system: You are a helpful assistant.
user:
Analyze the provided spectrum to determine if it is a **M-type Giant (gM)**.

A M-type Giant spectrum is defined by its **strong molecular absorption** features, particularly from **Titanium Oxide (TiO)**. You must check for one of the following mutually exclusive signatures:

- **Key Visual Indicators (Absorption-Dominated Spectrum):**

    - **(Primary):** The spectrum is dominated by strong molecular absorption from **Titanium Oxide (TiO)**. This is the **defining feature** of its M-type temperature class.
        - **(Key Bandheads):** Look for sharp, "saw-tooth" absorption valleys. The strongest are located near **~7050 Å**, **~6160 Å**, and **~5170 Å**.
        - **(Line Profile):** The "saw-tooth" morphology is critical: a **sharp, steep drop on the BLUE (short-wavelength) side** of the bandhead, followed by a gradual recovery (rising flux) towards the RED (long-wavelength) side.

    - **(Key Confirmation - Giant vs. Dwarf):** **ABSENCE** of strong **Calcium Hydride (CaH)** molecular bands. This is the primary diagnostic for *excluding* M-dwarfs.
        - **(Key Region):** The spectrum should lack the strong, broad absorption band seen in dwarfs between **~6800 Å and ~7000 Å**.

    - **(Secondary Confirmation - Giant):** A very strong and broad **Neutral Calcium (Ca I)** atomic absorption line.
        - **(Key Line):** Located at **~4226 Å**. In a giant (gM), this line is significantly deeper and broader than the same line in an M-dwarf (dM) due to low surface gravity.

    - **(Overall Spectrum):**
        - The continuum is **extremely red-sloping** (i.e., flux is very low in the blue and rises dramatically towards the red).
        - The entire spectrum appears "chopped up" by the deep TiO bands.

Think first, call **spectral_visualization_tool** if needed to examine features in detail, then provide your final answer. Your response must adhere to the following strict rules:
1.  **Overall Structure:** Your response must follow the format `<think>...</think> <tool_call>...</tool_call> (if a tool is used) <answer>...</answer>`.
2.  **Tool Usage Constraint:** You may only make **one** tool call per turn.
3.  **Final Answer Format:** In the `<answer>` tag, your conclusion must be inside a `\boxed{}` command (e.g., `\boxed{YES}` or `\boxed{NO}`), followed by your justification.

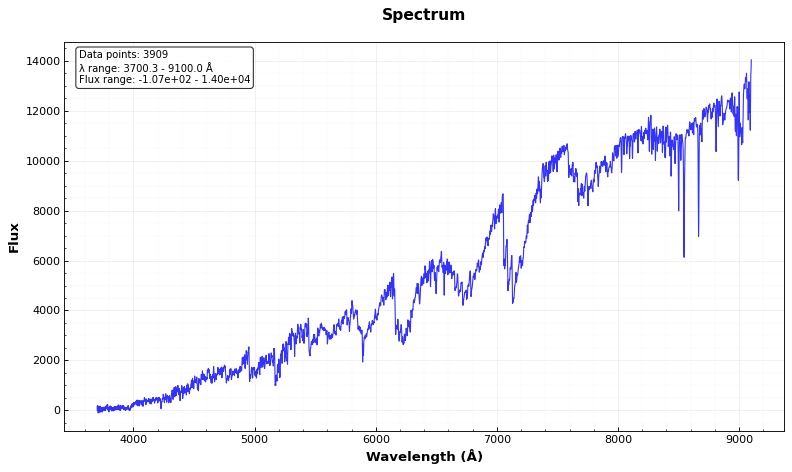
Answer: YES